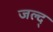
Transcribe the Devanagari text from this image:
जल्द्